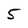
Character: 5